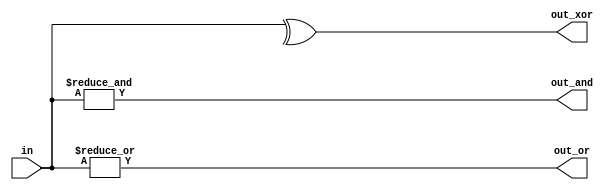
// This program was cloned from: https://github.com/matthlud/HDLBits
// License: Apache License 2.0

module top_module( 
    input [99:0] in,
    output out_and,
    output out_or,
    output out_xor 
);
    
    assign out_and = &in[99:0];
    assign out_or = |in[99:0];
    assign out_xor = ^in[99:0];

endmodule